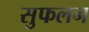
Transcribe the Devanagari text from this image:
सुफलन